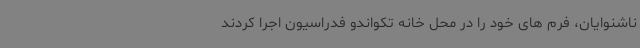
ناشنوایان، فرم های خود را در محل خانه تکواندو فدراسیون اجرا کردند